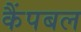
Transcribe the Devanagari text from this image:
कैंपबल